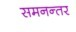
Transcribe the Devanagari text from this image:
समनन्तर